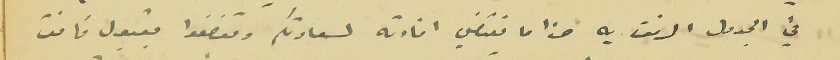
في الجدول المرفق به هذا ما يقتضي افادته لسعادتكم وتفضلوا بقبول فائق